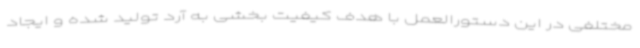
مختلفی در این دستورالعمل با هدف کیفیت بخشی به آرد تولید شده و ایجاد